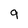
Character: q